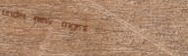
under new mgmt